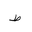
Letter: _da